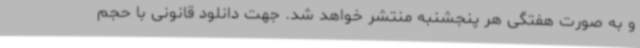
و به صورت هفتگی هر پنجشنبه منتشر خواهد شد. جهت دانلود قانونی با حجم